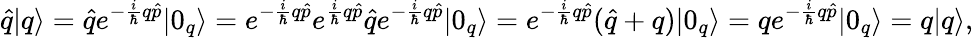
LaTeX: \hat{q}|q\rangle=\hat{q}e^{-\frac{i}{\hbar}q\hat{p}}|0_{q}\rangle=e^{-\frac{i}{\hbar}q\hat{p}}e^{\frac{i}{\hbar}q\hat{p}}\hat{q}e^{-\frac{i}{\hbar}q\hat{p}}|0_{q}\rangle=e^{-\frac{i}{\hbar}q\hat{p}}(\hat{q}+q)|0_{q}\rangle=qe^{-\frac{i}{\hbar}q\hat{p}}|0_{q}\rangle=q|q\rangle,